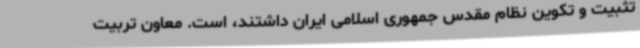
تثبیت و تکوین نظام مقدس جمهوری اسلامی ایران داشتند، است. معاون تربیت